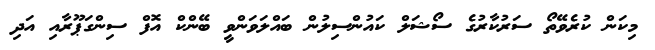
މިކަން ކުރެވޭތޯ ސަރުކާރުގެ ސޯޝަލް ކައުންސިލުން ބައްލަވަންވީ ބޭންކް އޮފް ސިންގަޕޫރާއި އަދި